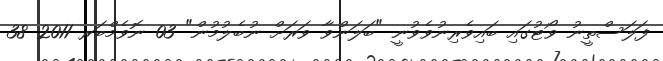
ފަލަސްތީނު ވޯޓުގައި ބައިވެރިނުވެވުނީ "ބަލަންވާ ވަރަށް ނުބެލުމުން" 03 ނޮވެމްބަރ 2011 38